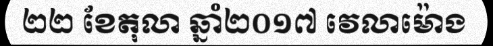
២២ ខែតុលា ឆ្នាំ២០១៧ វេលាម៉ោង